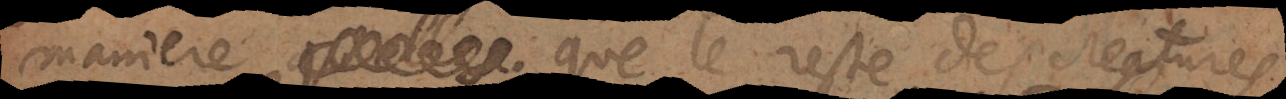
maniere que le reste des creatures